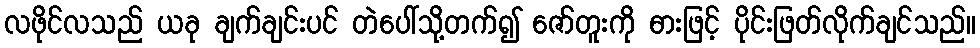
လဖိုင်လသည် ယခု ချက်ချင်းပင် တဲပေါ်သို့တက်၍ ဇော်တူးကို ဓားဖြင့် ပိုင်းဖြတ်လိုက်ချင်သည်။